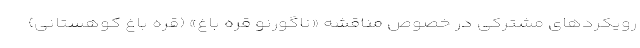
رویکردهای مشترکی در خصوص مناقشه «ناگورنو قره باغ» (قره باغ کوهستانی)